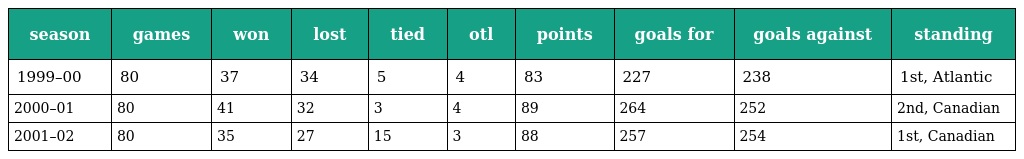
| season | games | won | lost | tied | otl | points | goals for | goals against | standing |
 | --- | --- | --- | --- | --- | --- | --- | --- | --- | --- |
 | 1999–00 | 80 | 37 | 34 | 5 | 4 | 83 | 227 | 238 | 1st, Atlantic |
 | 2000–01 | 80 | 41 | 32 | 3 | 4 | 89 | 264 | 252 | 2nd, Canadian |
 | 2001–02 | 80 | 35 | 27 | 15 | 3 | 88 | 257 | 254 | 1st, Canadian |